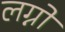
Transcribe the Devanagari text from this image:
लग्नो